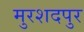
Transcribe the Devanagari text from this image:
मुरशदपुर